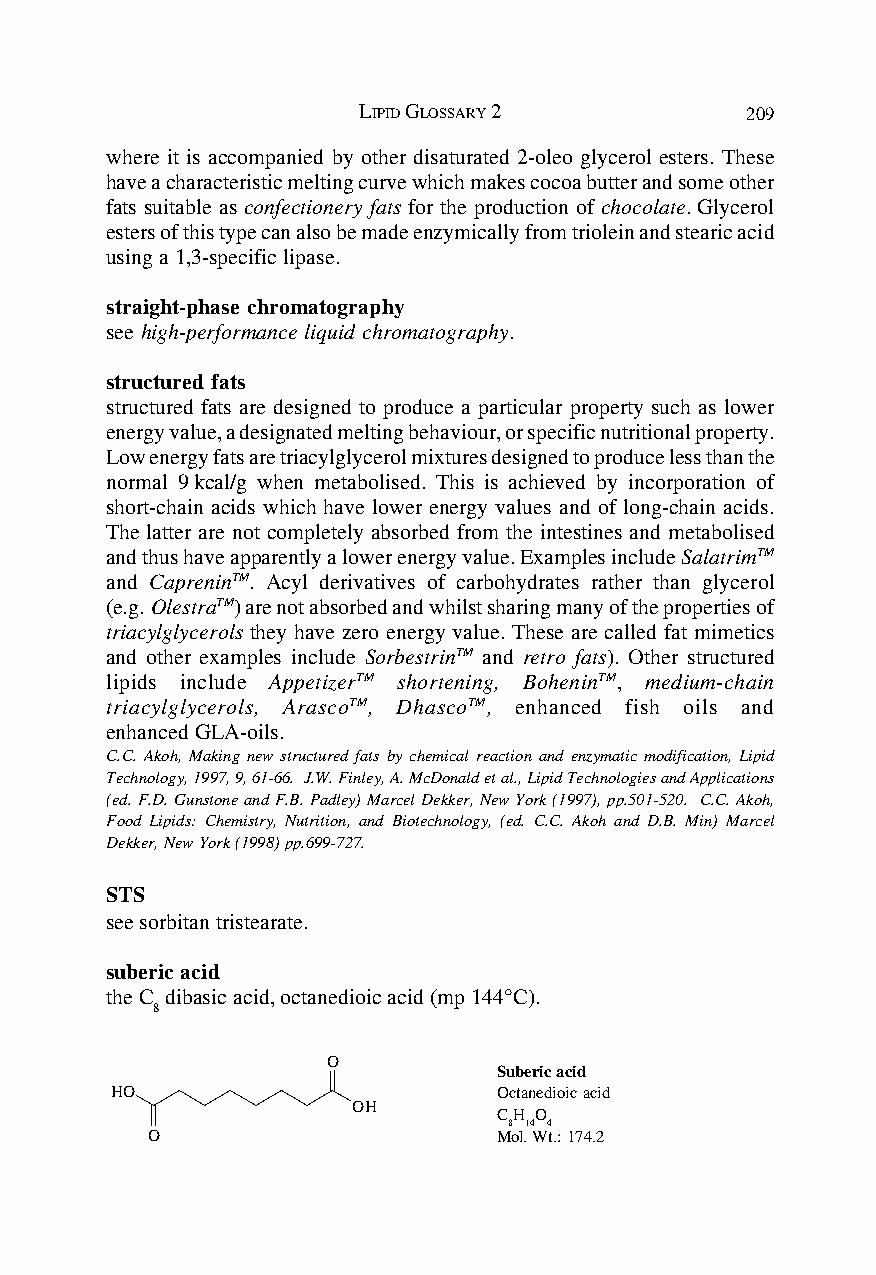
LIPID GLOSSARY 2         209
 where it is accompanied by other disaturated 2-oleo glycerol esters. These
 have a characteristic melting curve which makes cocoa butter and some other
 fats suitable as confectionery fats for the production of chocolate. Glycerol
 esters of this type can also be made enzymically from triolein and stearic acid
 using a 1,3-specific lipase.
 straight-phase chromatography
 see high-performance liquid chromatography.
 structured fats
 structured fats are designed to produce a particular property such as lower
 energy value, a designated melting behaviour, or specific nutritional property.
 Low energy fats are triacylglycerol mixtures designed to produce less than the
 normal 9 kcal/g when metabolised. This is achieved by incorporation of
 short-chain acids which have lower energy values and of long-chain acids.
 The latter are not completely absorbed from the intestines and metabolised
 and thus have apparently a lower energy value. Examples include SalatrimTM
 and CapreninTM. Acyl derivatives of carbohydrates rather than glycerol
 (e.g. OlestraTM) are not absorbed and whilst sharing many of the properties of
 triacylglycerols they have zero energy value. These are called fat mimetics
 and other examples include SorbestrinTM and retro fats). Other structured
 lipids include AppetizerTM shortening, BoheninTM, medium-chain
 triacylglycerols, ArascoTM, DhascoTM, enhanced fish oils and
 enhanced GLA-oils.
 C.C. Akoh, Making new structured fats by chemical reaction and enzymatic modification, Lipid
 Technology, 1997, 9, 61-66. J.W. Finley, A. McDonald et al., Lipid Technologies and Applications
 (ed. F.D. Gunstone and F.B. Padley) Marcel Dekker, New York (1997), pp.501-520. C.C. Akoh,
 Food Lipids: Chemistry, Nutrition, and Biotechnology, (ed. C.C. Akoh and D.B. Min) Marcel
 Dekker, New York (1998) pp.699-727.
 STS
 see sorbitan tristearate.
 suberic acid
 the C dibasic acid, octanedioic acid (mp 144°C).
 8
 O
 Suberic acid
 HO                        Octanedioic acid
 OH
 CH O
 8 14 4
 O                      Mol. Wt.: 174.2